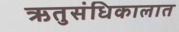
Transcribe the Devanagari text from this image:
ऋतुसंधिकालात